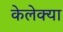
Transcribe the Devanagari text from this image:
केलेक्या